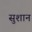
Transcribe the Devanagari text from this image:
सुशान